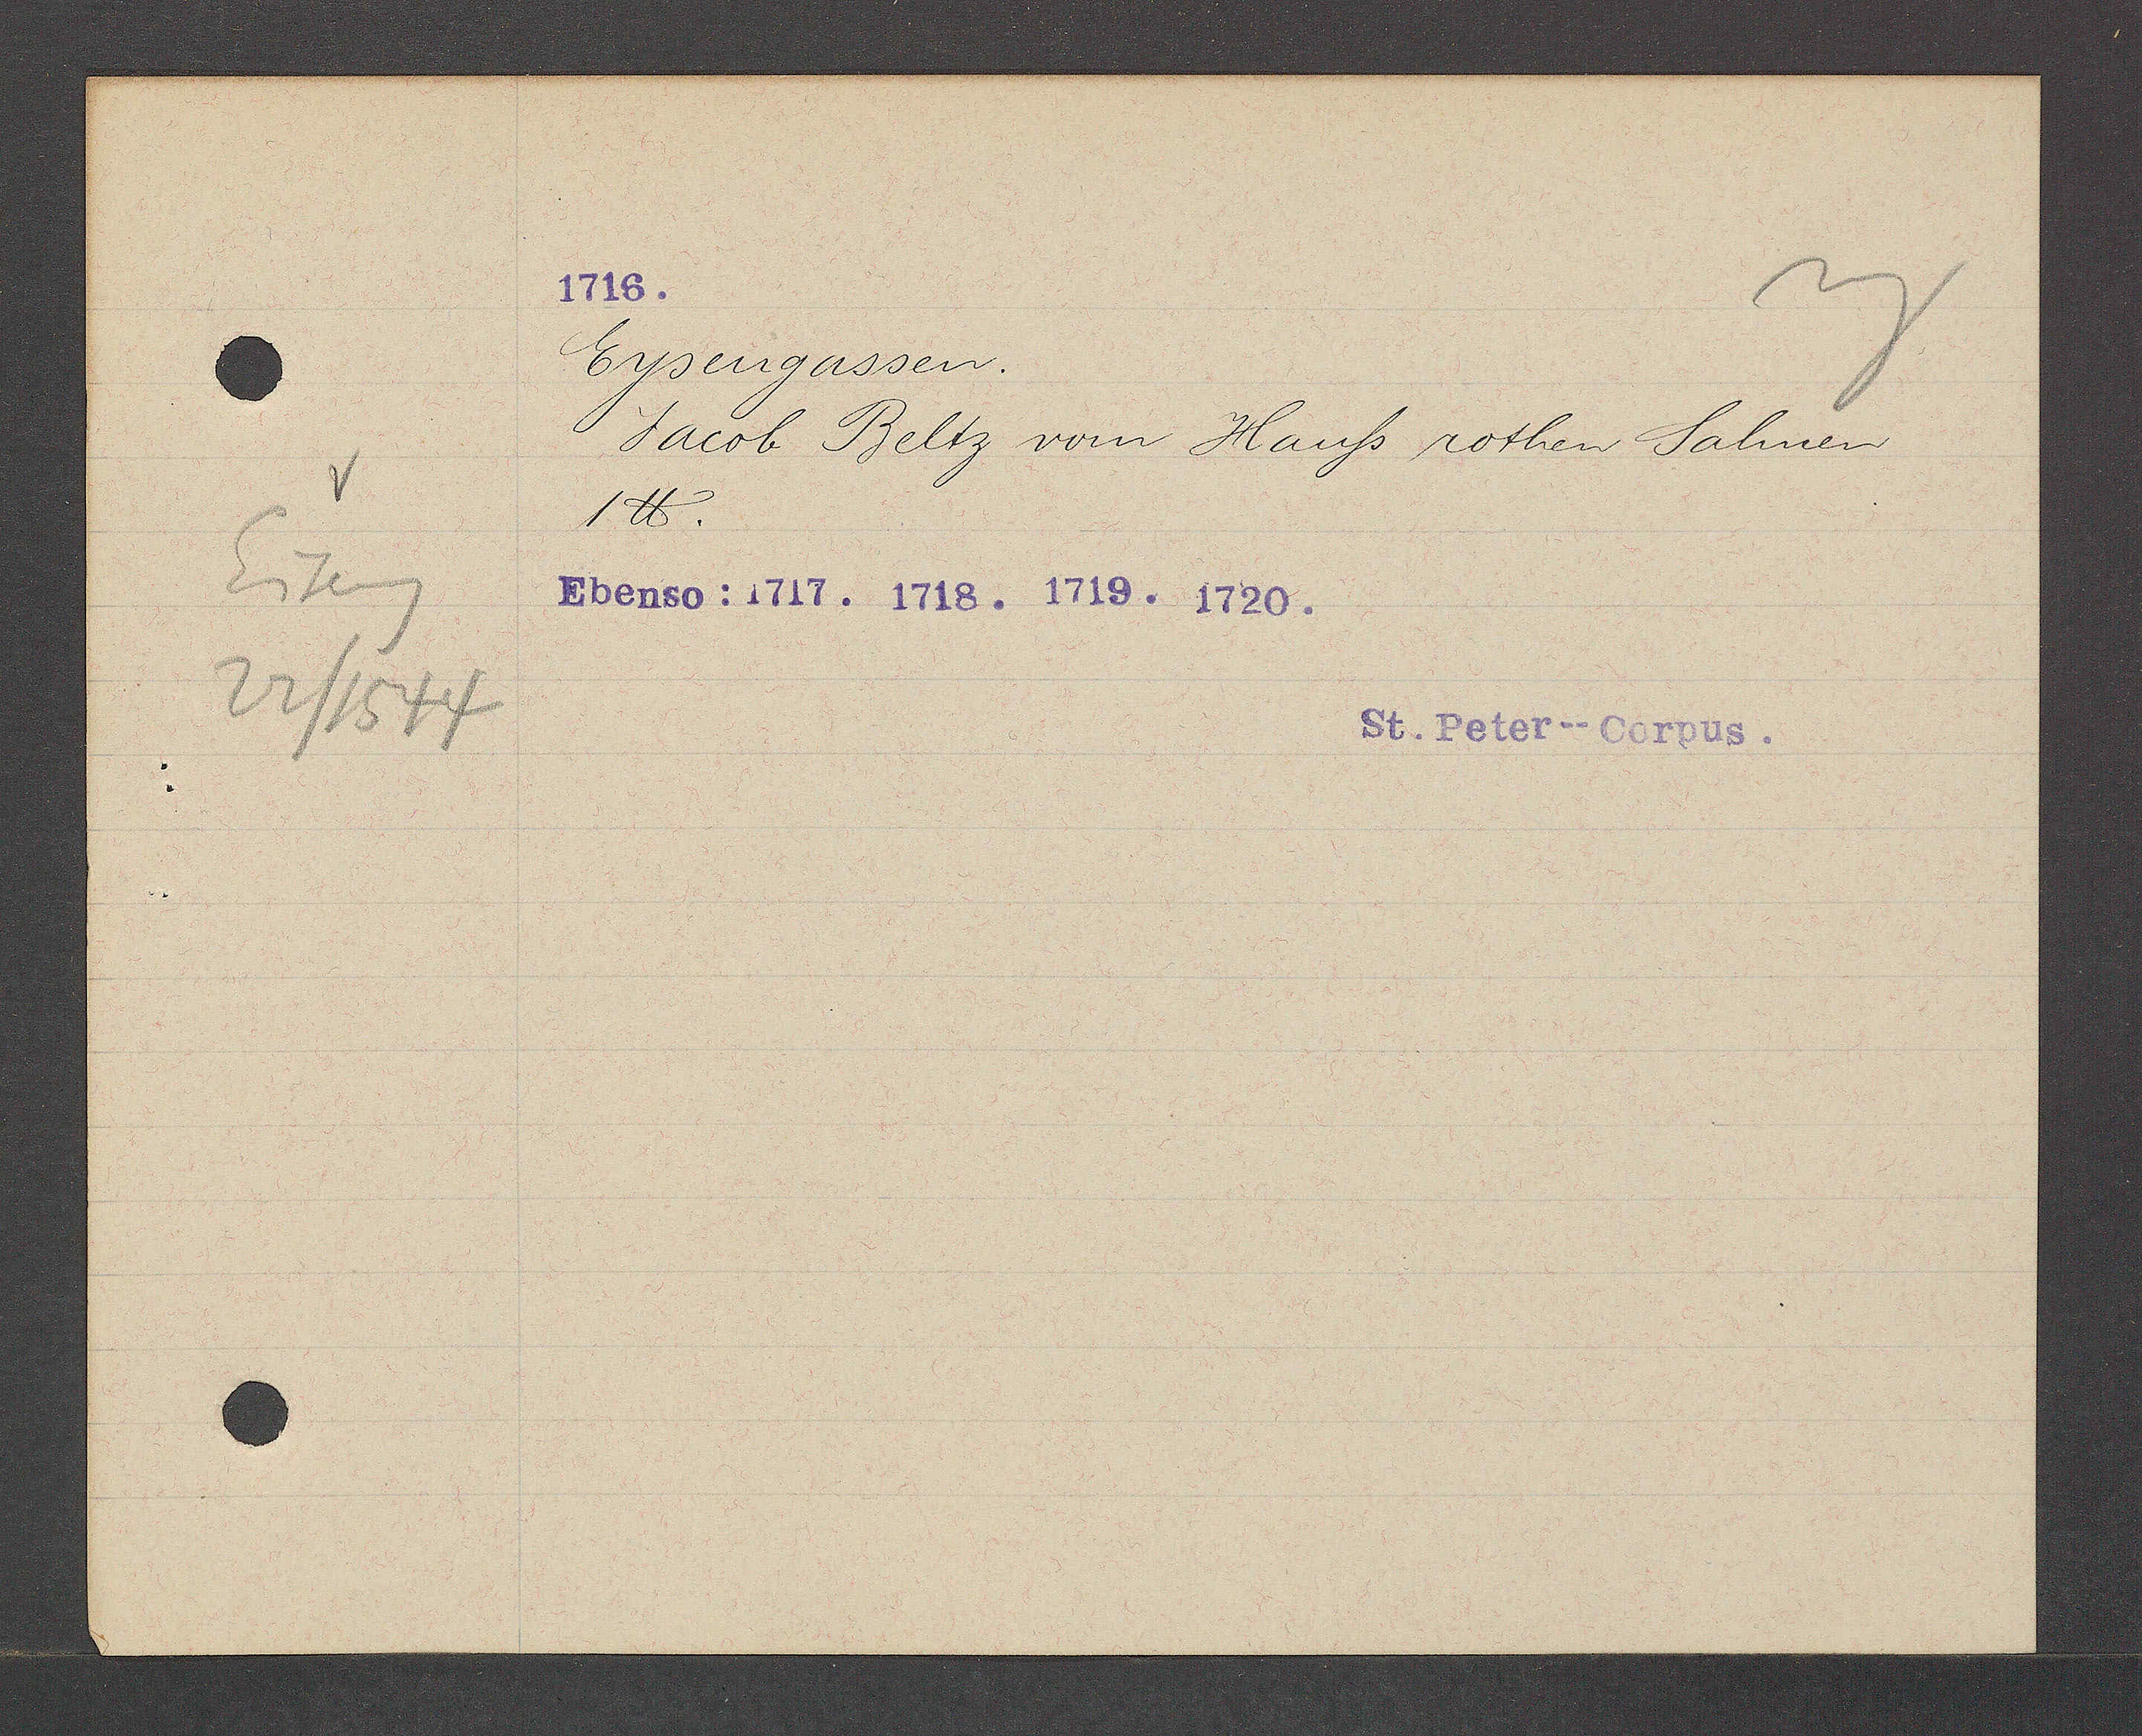
Transcript:
Eiseng
22/1544

Eysengassen
Jacob Beltz vom Hauß rothen Salmen
1 ℔.